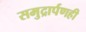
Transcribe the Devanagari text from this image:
समुद्रार्पणही